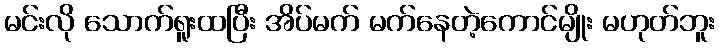
မင်းလို သောက်ရူးထပြီး အိပ်မက် မက်နေတဲ့ကောင်မျိုး မဟုတ်ဘူး